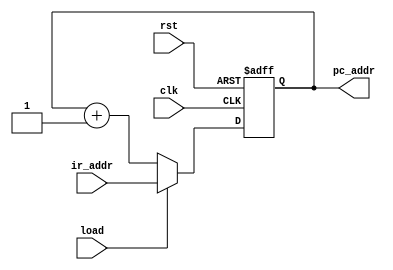
module counter(pc_addr,ir_addr,load,clk,rst);
output[5:0]pc_addr;
input [5:0]ir_addr;
input load,clk,rst;
reg[5:0]pc_addr;

always @( posedge clk or posedge rst ) begin
	if(rst)
		pc_addr<=13'b0_0000_0000_0000;
	else if(load)
		pc_addr<=ir_addr;
	else
		pc_addr <= pc_addr + 1;
end
endmodule